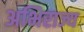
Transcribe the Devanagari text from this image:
अभिराज्य